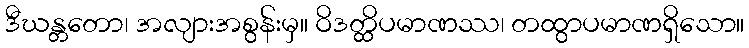
ဒီဃန္တတော၊ အလျားအစွန်းမှ။ ဝိဒတ္ထိပမာဏဿ၊ တထွာပမာဏရှိသော။